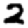
Digit: 2